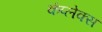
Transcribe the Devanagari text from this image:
कंप्लेक्स